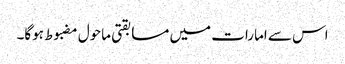
اس سے امارات میں مسابقتی ماحول مضبوط ہوگا۔